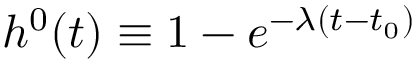
h ^ { 0 } ( t ) \equiv 1 - e ^ { - \lambda ( t - t _ { 0 } ) }